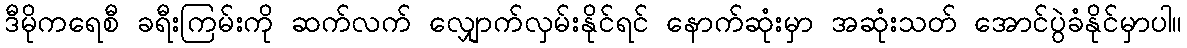
ဒီမိုကရေစီ ခရီးကြမ်းကို ဆက်လက် လျှောက်လှမ်းနိုင်ရင် နောက်ဆုံးမှာ အဆုံးသတ် အောင်ပွဲခံနိုင်မှာပါ။